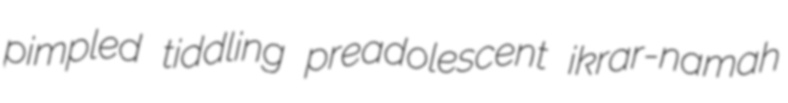
pimpled tiddling preadolescent ikrar-namah